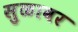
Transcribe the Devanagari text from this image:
सुळावर